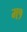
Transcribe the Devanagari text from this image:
म१